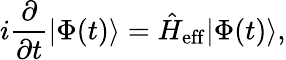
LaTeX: i\frac{\partial}{\partial t}|\Phi(t)\rangle=\hat{H}_{\mathrm{eff}}|\Phi(t)\rangle,